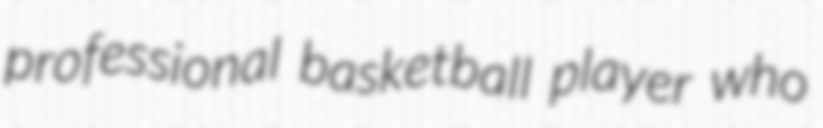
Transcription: professional basketball player who